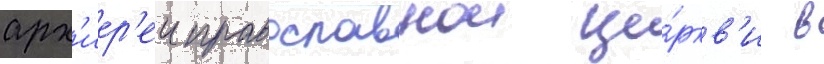
арх'иер'еи православнои це́ркв'и в